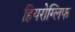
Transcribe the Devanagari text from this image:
हियरोग्लिफ